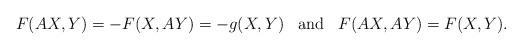
LaTeX: \begin{align*}F(AX,Y)= -F(X,AY) = -g(X,Y) \;\;\; \mbox{and} \;\;\; F(AX,AY)=F(X,Y).\end{align*}